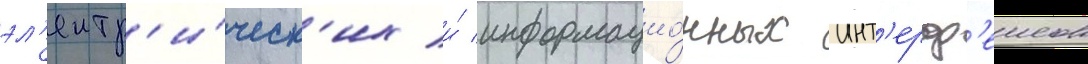
эл'ектр'и́ческ'их и́ информацио́нных инт'ерф'еисов